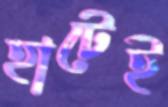
হাটেই